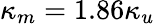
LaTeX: \kappa_{m}=1.86\kappa_{u}